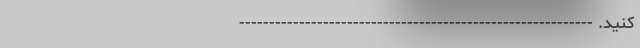
کنید. -----------------------------------------------------------